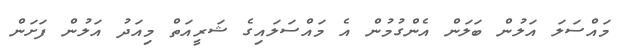
މައްސަލަ އަލުން ބަލަން އެންގުމުން އެ މައްސަލައިގެ ޝަރީއަތް މިއަދު އަލުން ފަށަން